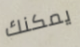
يمكنك